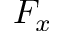
F _ { x }